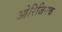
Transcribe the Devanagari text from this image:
ओरिजिनक